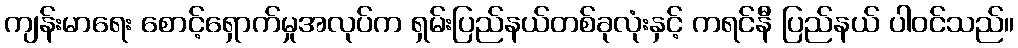
ကျန်းမာရေး စောင့်ရှောက်မှုအလုပ်က ရှမ်းပြည်နယ်တစ်ခုလုံးနှင့် ကရင်နီ ပြည်နယ် ပါဝင်သည်။